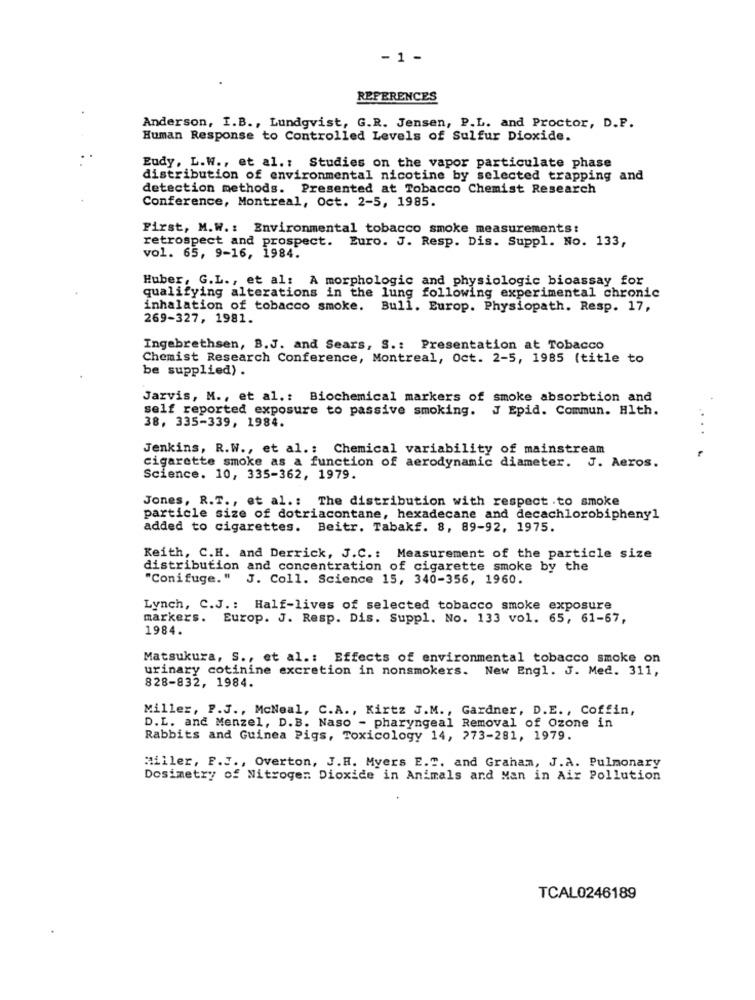
-1 -
REFERENCES
Anderson, I.B ., Lundgvist, G.R. Jensen, P.L. and Proctor, D.P.
Human Response to Controlled Levels of Sulfur Dioxide.
Eudy, L.W ., et al. : Studies on the vapor particulate phase
distribution of environmental nicotine by selected trapping and
detection methods. Presented at Tobacco Chemist Research
Conference, Montreal, Oct. 2-5, 1985.
First, M.W .: Environmental tobacco smoke measurements:
retrospect and prospect. Euro. J. Resp. Dis. Suppl. No. 133,
vol. 65, 9-16, 1984.
Huber, G.L ., et al: A morphologic and physiologic bioassay for
qualifying alterations in the lung following experimental chronic
inhalation of tobacco smoke. Bull. Europ. Physiopath. Resp. 17,
269-327, 1981.
Ingebrethsen, B.J. and Sears, S .: Presentation at Tobacco
Chemist Research Conference, Montreal, Oct. 2-5, 1985 (title to
be supplied) .
Jarvis, M ., et al .: Biochemical markers of smoke absorbtion and
self reported exposure to passive smoking. J Epid. Commun. Hlth.
38, 335-339, 1984.
Jenkins, R.W ., et al .: Chemical variability of mainstream
cigarette smoke as a function of aerodynamic diameter. J. Aeros.
Science. 10, 335-362, 1979.
Jones, R.T ., et al .: The distribution with respect . to smoke
particle size of dotriacontane, hexadecane and decachlorobiphenyl
added to cigarettes. Beitr. Tabakf. 8, 89-92, 1975.
Keith, C.H. and Derrick, J.C .: Measurement of the particle size
distribution and concentration of cigarette smoke by the
"Conifuge." J. Coll. Science 15, 340-356, 1960.
Lynch, C.J .: Half-lives of selected tobacco smoke exposure
markers. Europ. J. Resp. Dis. Suppl. No. 133 vol. 65, 61-67,
1984.
Matsukura, S ., et al .: Effects of environmental tobacco smoke on
urinary cotinine excretion in nonsmokers. New Engl. J. Med. 311,
828-832, 1984.
Miller, P.J ., McNeal, C.A ., Kirtz J.M ., Gardner, D.E ., Coffin,
D.L. and Menzel, D.B. Naso - pharyngeal Removal of Ozone in
Rabbits and Guinea Pigs, Toxicology 14, 273-281, 1979.
Miller, F.J ., Overton, J.H. Myers E.T. and Graham, J.A. Pulmonary
Dosimetry of Nitrogen Dioxide in Animals and Man in Air Pollution
TCAL0246189